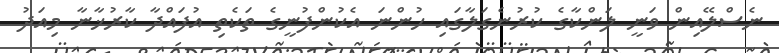
ނެސްލޭއިން ވަނީ ލަންކާގެ ކުރުނެގަލާގައި ހުންނަ އެކުންފުނީގެ ތަކެތި އުފައްދާ ކާރުޚާނާ މިއަދު